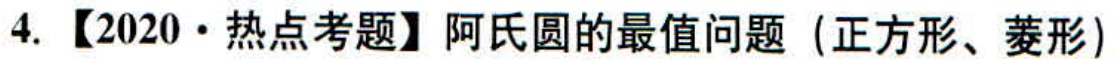
4. 【2020·热点考题】阿氏圆的最值问题（正方形、菱形）